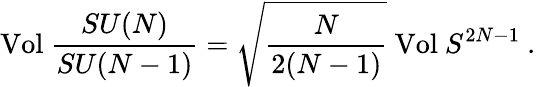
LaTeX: \mathrm{Vol}\ \frac{SU(N)}{SU(N-1)}=\sqrt{\frac{N}{2(N-1)}}\ \mathrm{Vol}\ S^{2N-1}\ .